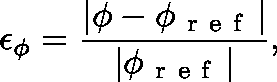
\epsilon _ { \ensuremath { \mathbf { \phi } } } = \frac { | \ensuremath { \mathbf { \phi } } - \ensuremath { \mathbf { \phi } } _ { \mathrm { ~ r ~ e ~ f ~ } } | } { | \ensuremath { \mathbf { \phi } } _ { \mathrm { ~ r ~ e ~ f ~ } } | } ,